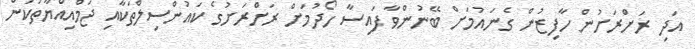
އަދި ރަށްރަށުން ހާފިޒުން ގެނައުމަށް ބޭނުންވާ ފައިސާ ހޯދުމަށް ރަށްރަށުގެ ކައުންސިލްތަކާއި ޖަމްއިއްޔާތަކުން